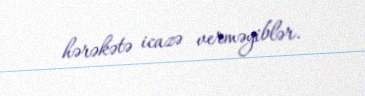
hərəkətə icazə verməyiblər.